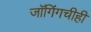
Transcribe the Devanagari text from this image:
जॉगिंगचीही